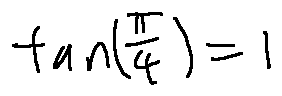
\tan ( \frac { \pi } { 4 } ) = 1